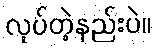
လုပ်တဲ့နည်းပဲ။